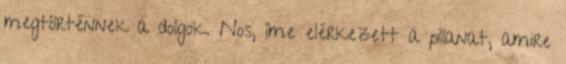
megtörténnek a dolgok. Nos, íme elérkezett a pillanat, amire